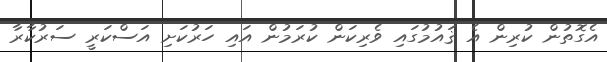
އެގޮތުން ކުރިން އެ ޤައުމުގައި ވެރިކަން ކުރަމުން އައި ހަރުކަށި އަސްކަރީ ސަރުކާރާ